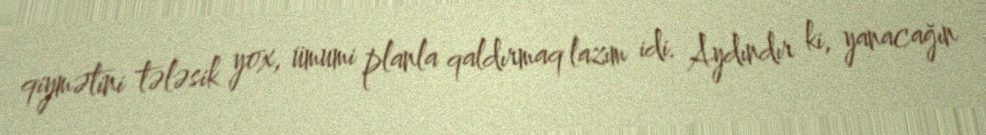
qiymətini tələsik yox, ümumi planla qaldırmaq lazım idi. Aydındır ki, yanacağın